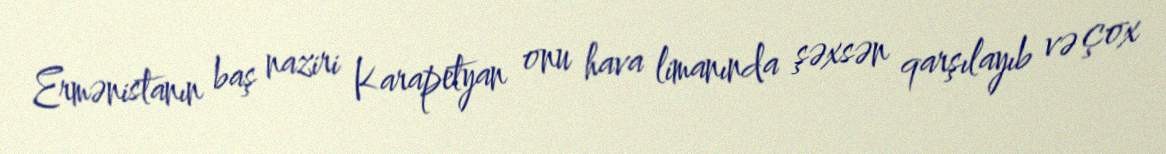
Ermənistanın baş naziri Karapetyan onu hava limanında şəxsən qarşılayıb və çox